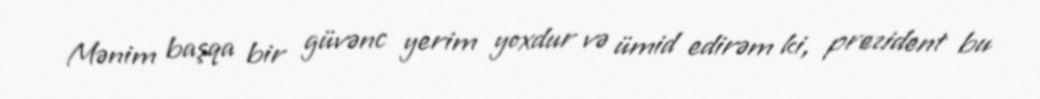
Mənim başqa bir güvənc yerim yoxdur və ümid edirəm ki, prezident bu